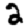
Digit: 2